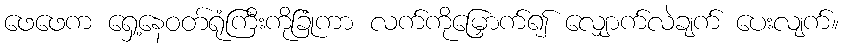
ဖေဖေက ရှေ့နေဝတ်ရုံကြီးကိုခြုံကာ လက်ကိုမြှောက်၍ လျှောက်လဲချက် ပေးလျက်။